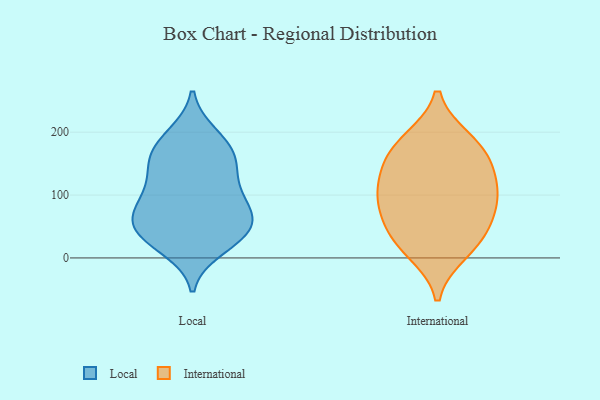
{"axis": {"x": "Operating Costs (USD K)", "y": "Value"}, "legend": ["International", "Local"], "data": [{"x": "", "y": 49, "type": "Local"}, {"x": "", "y": 46, "type": "Local"}, {"x": "", "y": 192, "type": "Local"}, {"x": "", "y": 90, "type": "Local"}, {"x": "", "y": 127, "type": "Local"}, {"x": "", "y": 52, "type": "Local"}, {"x": "", "y": 110, "type": "Local"}, {"x": "", "y": 59, "type": "Local"}, {"x": "", "y": 65, "type": "Local"}, {"x": "", "y": 158, "type": "Local"}, {"x": "", "y": 166, "type": "Local"}, {"x": "", "y": 148, "type": "Local"}, {"x": "", "y": 196, "type": "Local"}, {"x": "", "y": 80, "type": "Local"}, {"x": "", "y": 29, "type": "Local"}, {"x": "", "y": 26, "type": "Local"}, {"x": "", "y": 15, "type": "Local"}, {"x": "", "y": 96, "type": "Local"}, {"x": "", "y": 162, "type": "Local"}, {"x": "", "y": 178, "type": "International"}, {"x": "", "y": 72, "type": "International"}, {"x": "", "y": 158, "type": "International"}, {"x": "", "y": 31, "type": "International"}, {"x": "", "y": 186, "type": "International"}, {"x": "", "y": 38, "type": "International"}, {"x": "", "y": 11, "type": "International"}, {"x": "", "y": 140, "type": "International"}, {"x": "", "y": 91, "type": "International"}, {"x": "", "y": 101, "type": "International"}, {"x": "", "y": 109, "type": "International"}]}